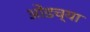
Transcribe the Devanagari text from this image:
ओंडच्या